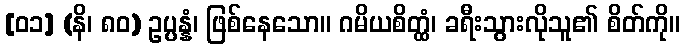
[၀၁] (နိ၊ ၈၀) ဥပ္ပန္နံ၊ ဖြစ်နေသော။ ဂမိယစိတ္ထံ၊ ခရီးသွားလိုသူ၏ စိတ်ကို။